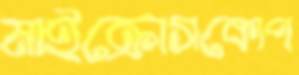
মাইক্রোসকোপ